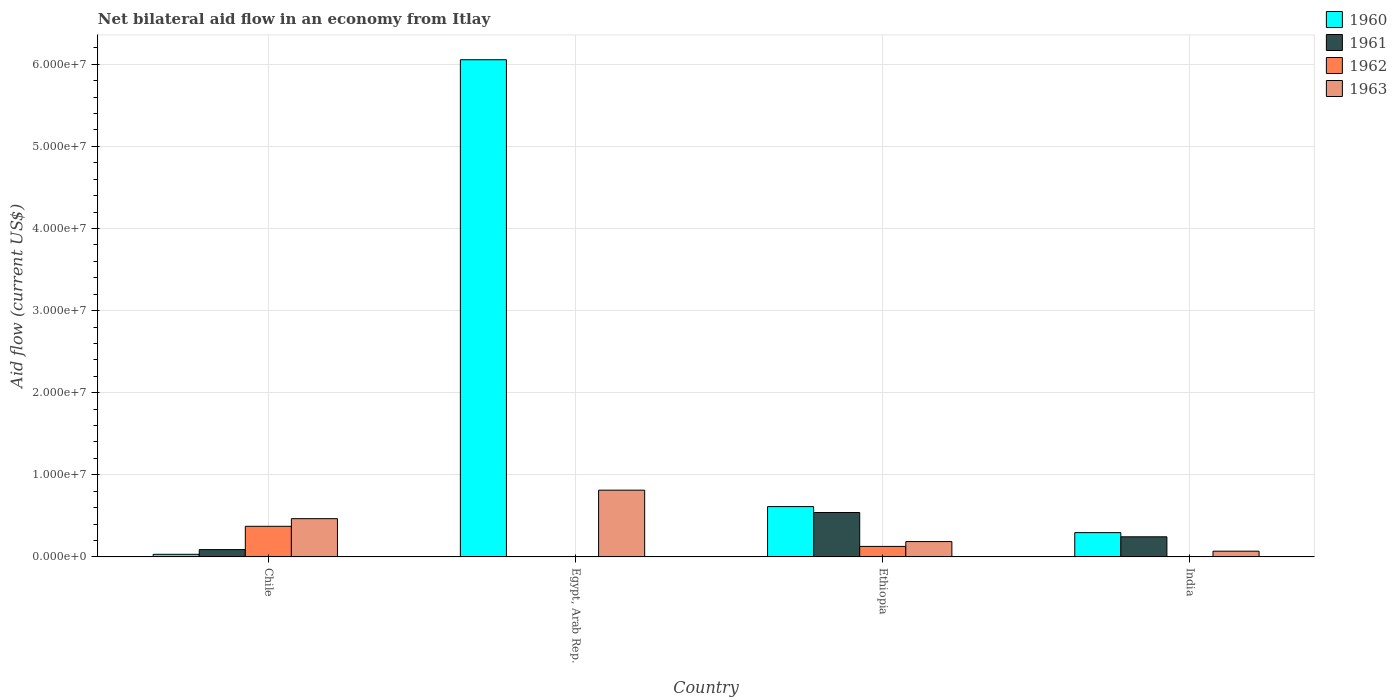
| Country | 1960 | 1961 | 1962 | 1963 |
 | --- | --- | --- | --- | --- |
 | Chile | 3.2e+05 | 8.9e+05 | 3.73e+06 | 4.66e+06 |
 | Egypt, Arab Rep. | 6.06e+07 | -5e+04 | -5.5e+05 | 8.13e+06 |
 | Ethiopia | 6.13e+06 | 5.41e+06 | 1.28e+06 | 1.87e+06 |
 | India | 2.96e+06 | 2.45e+06 | -3.74e+06 | 7e+05 |